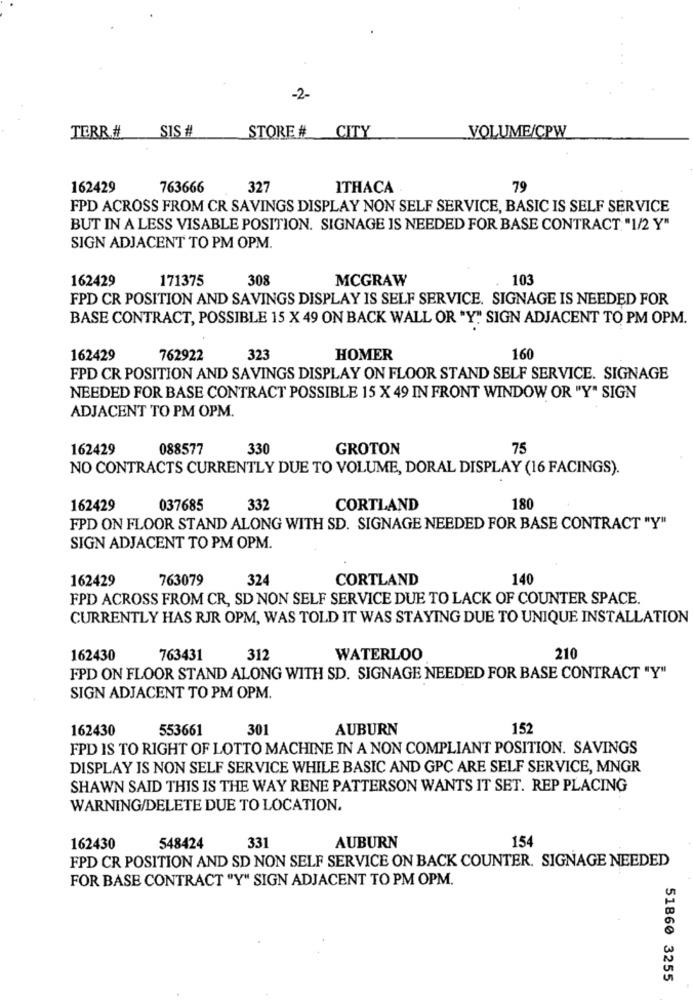
-2-
TERR.# SIS #
STORE# CITY
VOLUME/CPW
162429
763666
327
ITHACA
79
FPD ACROSS FROM CR SAVINGS DISPLAY NON SELF SERVICE, BASIC IS SELF SERVICE
BUT IN A LESS VISABLE POSITION. SIGNAGE IS NEEDED FOR BASE CONTRACT "1/2 Y"
SIGN ADJACENT TO PM OPM.
162429
171375
308
MCGRAW
103
FPD CR POSITION AND SAVINGS DISPLAY IS SELF SERVICE. SIGNAGE IS NEEDED FOR
BASE CONTRACT, POSSIBLE 15 X 49 ON BACK WALL OR "Y"" SIGN ADJACENT TO PM OPM.
162429
762922
323
HOMER
160
FPD CR POSITION AND SAVINGS DISPLAY ON FLOOR STAND SELF SERVICE. SIGNAGE
NEEDED FOR BASE CONTRACT POSSIBLE 15 X 49 IN FRONT WINDOW OR "Y" SIGN
ADJACENT TO PM OPM.
162429
088577
330
GROTON
75
NO CONTRACTS CURRENTLY DUE TO VOLUME, DORAL DISPLAY (16 FACINGS).
162429
037685
332
CORTLAND
180
FPD ON FLOOR STAND ALONG WITH SD. SIGNAGE NEEDED FOR BASE CONTRACT "Y"
SIGN ADJACENT TO PM OPM.
162429
763079
324
CORTLAND
140
FPD ACROSS FROM CR, SD NON SELF SERVICE DUE TO LACK OF COUNTER SPACE.
CURRENTLY HAS RJR OPM, WAS TOLD IT WAS STAYING DUE TO UNIQUE INSTALLATION
162430
763431
312
WATERLOO
210
FPD ON FLOOR STAND ALONG WITH SD. SIGNAGE NEEDED FOR BASE CONTRACT "Y"
SIGN ADJACENT TO PM OPM.
162430
553661
301
AUBURN
152
FPD IS TO RIGHT OF LOTTO MACHINE IN A NON COMPLIANT POSITION. SAVINGS
DISPLAY IS NON SELF SERVICE WHILE BASIC AND GPC ARE SELF SERVICE, MNGR
SHAWN SAID THIS IS THE WAY RENE PATTERSON WANTS IT SET. REP PLACING
WARNING/DELETE DUE TO LOCATION.
331
AUBURN
154
162430
548424
FPD CR POSITION AND SD NON SELF SERVICE ON BACK COUNTER. SIGNAGE NEEDED
FOR BASE CONTRACT "Y" SIGN ADJACENT TO PM OPM.
51860 3255